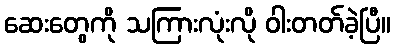
ဆေးတွေကို သကြားလုံးလို ဝါးတတ်ခဲ့ပြီ။